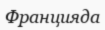
Францияда